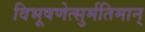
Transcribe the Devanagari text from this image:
विभूषणेत्सुर्मतिमान्